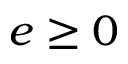
e \geq 0